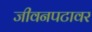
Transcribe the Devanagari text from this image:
जीवनपटावर